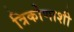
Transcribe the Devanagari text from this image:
त्रिकोणाशी